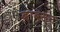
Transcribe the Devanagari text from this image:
बाबसन